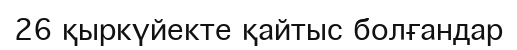
26 қыркүйекте қайтыс болғандар